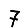
Digit: 7